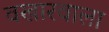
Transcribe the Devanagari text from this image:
वखारवाला